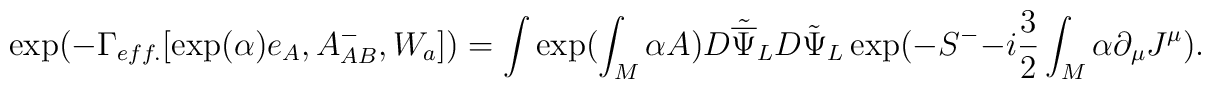
\exp(-\Gamma_{eff.}[\exp({\alpha})e_A, A^-_{AB}, W_a])=\int \exp(\int_M \alpha A)D{\tilde{\overline\Psi}}_LD{\tilde\Psi}_L\exp(-S^- -i\frac{3}{2}\int_M\alpha\partial_\mu J^\mu).